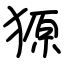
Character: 獂